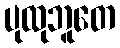
ပုထုဘူတေ